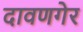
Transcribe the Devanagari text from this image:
दावणगेर